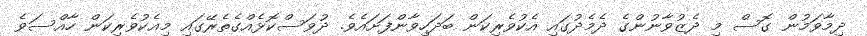
ދިމާވަމުން ގޮސް މި ދެޒުވާނުންގެ ދެމެދުގައި އެކުވެރިކަން ބަދަހިވާންފަށައެވެ. ދުވަސްކޮޅެއްގެތެރޭގައި މިއެކުވެރިކަން ހާއްސަވެ